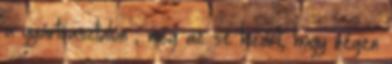
a gyártóasztalon , még az se kizárt, hogy régen